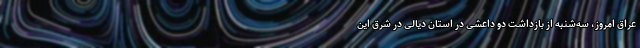
عراق امروز، سه‌شنبه از بازداشت دو داعشی در استان دیالی در شرق این